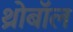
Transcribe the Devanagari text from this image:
थ्रोबॉल